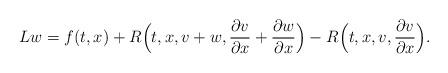
LaTeX: \begin{align*} Lw=f(t,x)+ R \Bigl( t,x,v+w, \frac{\partial v}{\partial x} + \frac{\partial w}{\partial x} \Bigr) - R \Bigl( t,x,v, \frac{\partial v}{\partial x} \Bigr).\end{align*}